Leaving Certificate Examination (including Day School Certificate (Higher) General paper), 1932
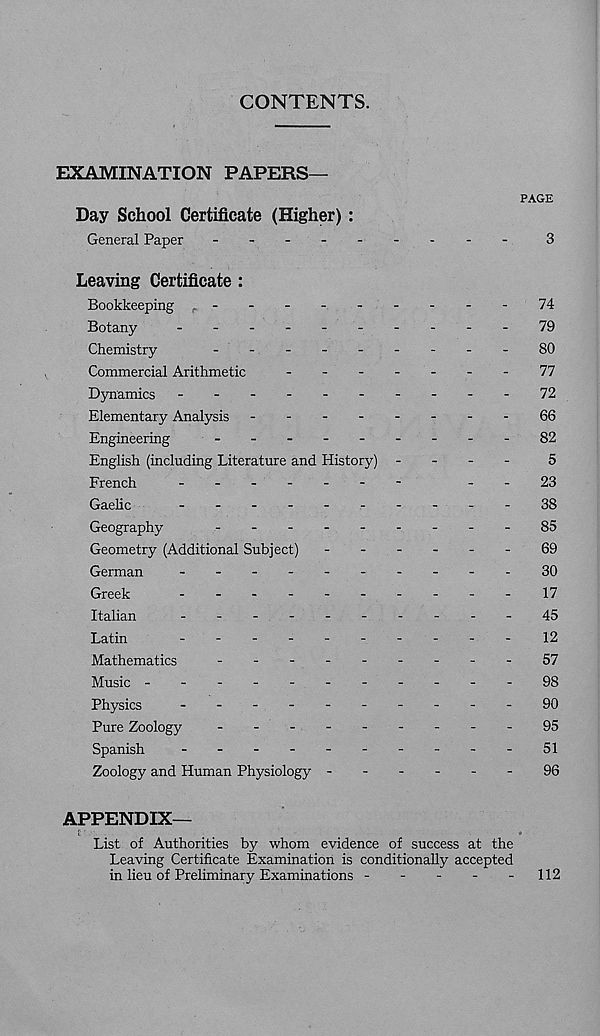
CONTENTS.
EXAMINATION PAPERS—
PAGE
Day School Certificate (Higher) :
General Paper
3
Leaving Certificate :
Bookkeeping
74
Botany
-
--
--
79
Chemistry
80
Commercial Arithmetic
77
Dynamics -
-
-
72
Elementary Analysis
66
Engineering
-
--
--
--
--82
English (including Literature and History) -
-
-
-
5
French
-
--
--
--
--23
Gaelic
-
--
--
--
--
-
38
Geography
-
--
--
--
--
85
Geometry (Additional Subject) ------
69
German
-
--
--
--
--
-30
Greek
--17
Italian
45
Latin
-
--
--
--
--
-
12
Mathematics
-
--
--
--
--57
Music -----
98
Physics
-
--
--
--
--
-90
Pure Zoology
-
-
-
-
95
Spanish
-
--
--
--
--
-51
Zoology and Human Physiology
96
APPENDIX—
List of Authorities by whom evidence of success at the
Leaving Certificate Examination is conditionally accepted
in lieu of Preliminary Examinations -
-
-
-
-112